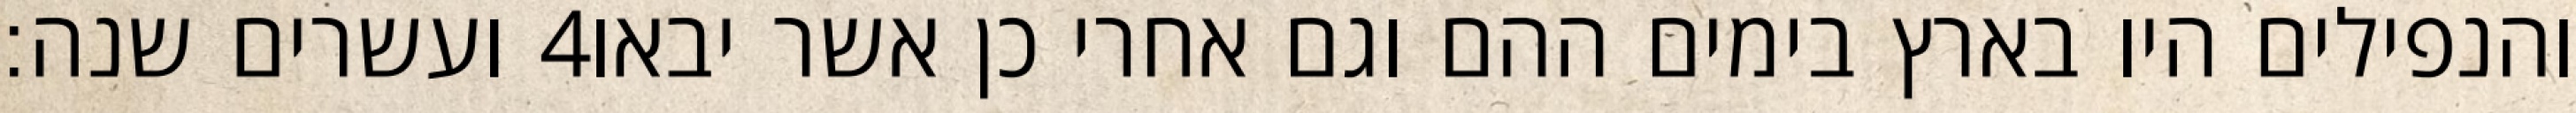
ועשרים שנה׃ ‎4‏ והנפילים היו בארץ בימים ההם וגם אחרי כן אשר יבאו